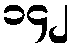
၁၄၂